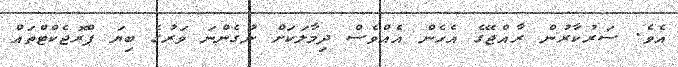
އެވެ. ސަރުކާރުން ރާއްޖޭގެ އެހެން އެއްވެސް ދިމާލަކަށް ނުގެންނަ ވަރުގެ ބިޔަ ޕްރޮޖެކްޓްތައް